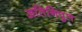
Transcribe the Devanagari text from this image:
अतिनिपुण